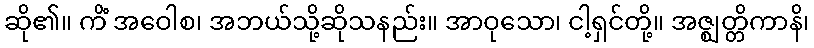
ဆို၏။ ကိံ အဝေါစ၊ အဘယ်သို့ဆိုသနည်း။ အာဝုသော၊ ငါ့ရှင်တို့။ အဇ္ဈတ္တိကာနိ၊